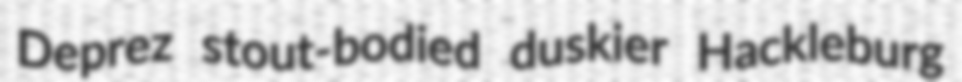
Deprez stout-bodied duskier Hackleburg